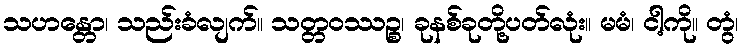
သဟန္တော၊ သည်းခံလျက်။ သတ္တဝဿဉ္စ၊ ခုနစ်ခုတို့ပတ်လုံး။ မမံ၊ ငါ့ကို။ တွံ၊